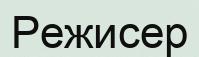
Режисер